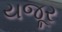
યજૂર